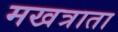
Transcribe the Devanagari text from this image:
मखत्राता